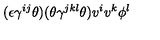
( \epsilon \gamma ^ { i j } \theta ) ( \theta \gamma ^ { j k l } \theta ) v ^ { i } v ^ { k } \phi ^ { l }